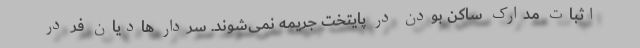
اثبات مدارک ساکن بودن در پایتخت جریمه نمی‌شوند. سردار هادیان فر در